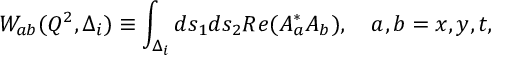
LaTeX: W _ { a b } ( Q ^ { 2 } , \Delta _ { i } ) \equiv \int _ { \Delta _ { i } } d s _ { 1 } d s _ { 2 } R e ( A _ { a } ^ { * } A _ { b } ) , ~ ~ ~ a , b = x , y , t ,